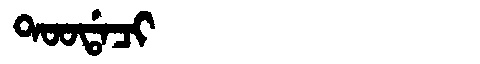
Manchu: ᡨᠣᠣᡩᠠᠴᡳ
Romanization: TOODACI